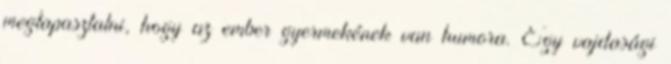
megtapasztalni, hogy az ember gyermekének van humora. Egy vajdasági